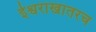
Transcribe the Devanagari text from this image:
ईश्वराखातरच